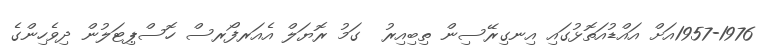
1957-1976އަށް އައްޑުއަތޮޅުގައި އިނގިރޭސިން ތިބިއިރު  ގަމު ރޮޔަލް އެއަރފޯރސް ހޮސްޕިޓަލުން ދިވެހިންގެ